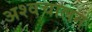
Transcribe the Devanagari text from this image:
अश्वचालन